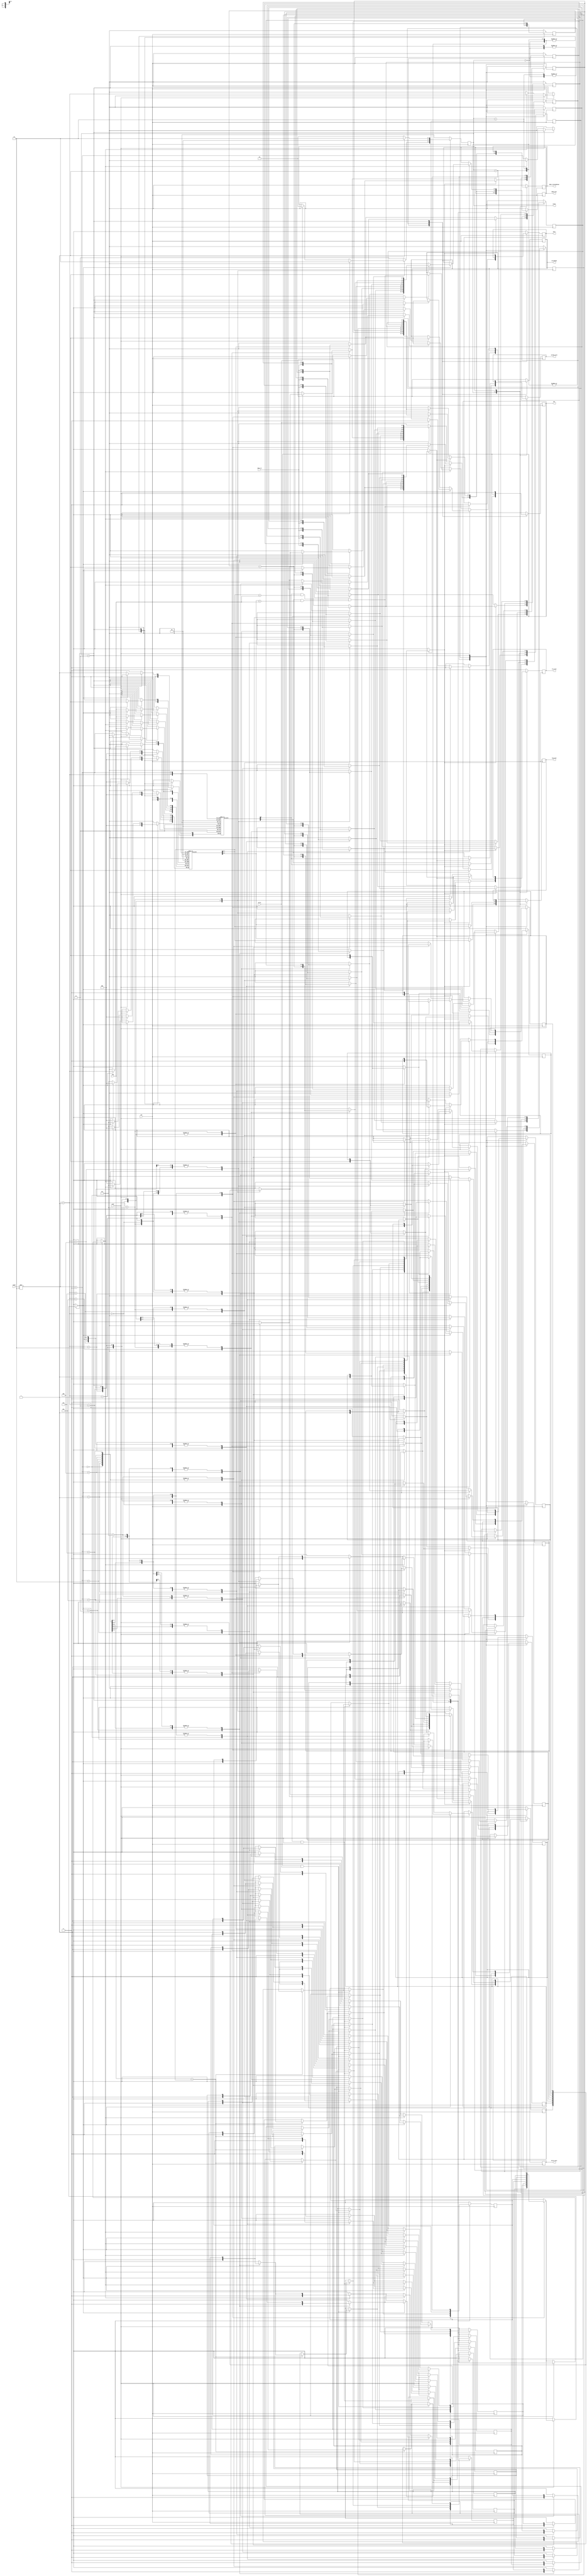
module mem2 (writeback, data_in, index, tag, read, write, clk, hit, miss, state, valido_exit, dirty_exit, lru_exit, tag_exit, dado_exit, dado_retornadocpu);
	input [1:0]index;
	input clk, read, write;
	input [2:0] tag;
	input [2:0] data_in;
		
	reg lru_mem [3:0][1:0];
	reg dirty_mem [3:0][1:0];
	reg valid_mem [3:0][1:0];
	reg [2:0] tag_mem [3:0][1:0];
	reg [2:0] data_mem [3:0][1:0];
	
	output reg valido_exit;
	output reg lru_exit;
	output reg dirty_exit;
	output reg [2:0]tag_exit;
	output reg [2:0]dado_exit;
	output reg [2:0]dado_retornadocpu;
	output reg writeback;
	
	reg [2:0]cont;
	
	output reg miss;
	output reg hit;
	
	
	output reg [1:0]state;
	
initial begin //bit mais a esquerda = via0, bit mais a direita via1, inicializao da memria
			state = 2'b00;
			miss = 0;
			hit = 0;
			cont = 3'b000;
			writeback = 0;
			
			//via 0
			valid_mem [0][0] = 0; dirty_mem [0][0] = 0; lru_mem[0][0] = 0; tag_mem[0][0] = 3'b100; data_mem [0][0] = 3'b001; // indice 0
			valid_mem [1][0] = 1; dirty_mem [1][0] = 0; lru_mem[1][0] = 1; tag_mem[1][0] = 3'b000; data_mem [1][0] = 3'b011; // indice 1
			valid_mem [2][0] = 1; dirty_mem [2][0] = 1; lru_mem[2][0] = 0; tag_mem[2][0] = 3'b101; data_mem [2][0] = 3'b101; // indice 2
			valid_mem [3][0] = 0; dirty_mem [3][0] = 0; lru_mem[3][0] = 0; tag_mem[3][0] = 3'b000; data_mem [3][0] = 3'b000; // indice 3
			
			//via 1
			valid_mem [0][1] = 0; dirty_mem [0][1] = 0; lru_mem[0][1] = 0; tag_mem[0][1] = 3'b000; data_mem [0][1] = 3'b010; // indice 0
			valid_mem [1][1] = 0; dirty_mem [1][1] = 0; lru_mem[1][1] = 0; tag_mem[1][1] = 3'b000; data_mem [1][1] = 3'b100; // indice 1
			valid_mem [2][1] = 1; dirty_mem [2][1] = 0; lru_mem[2][1] = 1; tag_mem[2][1] = 3'b111; data_mem [2][1] = 3'b110; // indice 2
			valid_mem [3][1] = 0; dirty_mem [3][1] = 0; lru_mem[3][1] = 0; tag_mem[3][1] = 3'b000; data_mem [3][1] = 3'b000; // indice 3
end



always @ (posedge clk) begin

		case(state)
		2'b00:	begin // comparar tag e bit valido e direcionar se  escrita ou leitura
			if((valid_mem [index][0] == 1 && tag_mem[index][0] == tag) || (valid_mem [index][1] == 1 && tag_mem[index][1] == tag)) begin
				
					hit = 1; miss = 0; // marca hit
				
					if(read) begin
						state = 2'b10;
						writeback = 0;
					end
					else if(write) begin
									state = 2'b01;
									writeback = 0;
						  end
			
			end
			
			else begin
				state = 2'b11;
				writeback = 0;
			end
			
		end
		
		2'b01:	begin	// se for escrita vai fazer alguma coisa aqui
		
				if(hit && write) begin
					if(tag == tag_mem[index][0]) begin
								lru_mem [index][0] = 1; 
						end
					else begin
								lru_mem [index][0] = 0; 
					end
				end
				
				if(lru_mem [index][0] == 1)begin
					
					//atualizar o dado antes
					data_mem[index][0] = data_in;
					dirty_mem [index][0] = 1;
					
					valido_exit = valid_mem[index][0];
					lru_exit = lru_mem[index][0];
					dirty_exit = dirty_mem [index][0];
					tag_exit = tag_mem[index][0];
					dado_retornadocpu = data_mem[index][0];
					dado_exit = data_mem[index][0];
					//writeback = 0; //mexer nisso
				end 
				else begin
					//atualizar o dado antes
					data_mem[index][1] = data_in;
					dirty_mem [index][1] = 1;
					
					valido_exit = valid_mem[index][1];
					lru_exit = lru_mem[index][1];
					dirty_exit = dirty_mem [index][1];
					tag_exit = tag_mem[index][1];
					dado_retornadocpu = data_mem[index][1];
					dado_exit = data_mem[index][1];
					//writeback = 0; //mexer nisso
				end
				
				state = 2'b00;
		end
		
		2'b10:	begin // se for leitura vai fazer alguma coisa aqui
		
				if(hit && read)begin
					if(tag == tag_mem[index][0]) begin
							lru_mem [index][0] = 1;
					end
					else begin
							lru_mem [index][0] = 0;
					end
				end
					
				if(lru_mem [index][0] == 1)begin
					valido_exit = valid_mem[index][0];
					lru_exit = lru_mem[index][0];
					dirty_exit = dirty_mem [index][0];
					tag_exit = tag_mem[index][0];
					dado_retornadocpu = data_mem[index][0];
					dado_exit = data_mem[index][0];
					//writeback = 0; //mexer nisso
					
				end
				else begin
					valido_exit = valid_mem[index][1];
					lru_exit = lru_mem[index][1];
					dirty_exit = dirty_mem [index][1];
					tag_exit = tag_mem[index][1];
					dado_retornadocpu = data_mem[index][1];
					dado_exit = data_mem[index][1];
					
				end
				
					state = 2'b00;
		end
		
		2'b11:	begin // caso for miss sera tratado aqui.
			
			miss = 1; hit = 0;
			cont = cont + 1'b1;
			
			if (read) begin
			
					if (lru_mem [index][0] == 0)begin
								
								if(dirty_mem [index][0] == 1)begin
									writeback = 1;
								end
								
								valid_mem[index][0] = 1; dirty_mem [index][0] = 0; lru_mem[index][0] = 1; tag_mem[index][0] = tag; data_mem[index][0] = cont;
								lru_mem[index][1] = 0;
								 
					end
					
					else begin
					
								if(dirty_mem [index][1] == 1)begin
									writeback = 1;
								end
								
								valid_mem[index][1] = 1; dirty_mem [index][1] = 0; lru_mem[index][1] = 1; tag_mem[index][1] = tag; data_mem[index][1] = cont;
								lru_mem[index][0] = 0;
								dado_exit = data_mem[index][1]; // talvez chamar o display nesse momento
					end
				
					state = 2'b10;
			end
			
			//tratar quando der miss na leitura
			else begin
					if (lru_mem [index][0] == 0)begin
					
								if(dirty_mem [index][0] == 1)begin
									writeback = 1;
								end
					
								tag_mem[index][0] = tag; 
								lru_mem[index][0] = 1; 
								lru_mem[index][1] = 0;
								
					end
					
					else begin
					
								if(dirty_mem [index][1] == 1)begin
									writeback = 1;
								end
								
								tag_mem[index][1] = tag; 
								lru_mem[index][1] = 1; 
								lru_mem[index][0] = 0;
							
					end
			
			
					//manda para a escrita
					state = 2'b01;
			
			end
			
		
		end
		
	endcase


end


endmodule

/////////////////////////////////////////////// modulo display/////////////////////////////////////////////////

module BCDpara7Seg(IN, S);

	input [3:0] IN;
	output [6:0] S;
	
	wire A, B, C, D;
	
	assign A = IN[3];
	assign B = IN[2];
	assign C = IN[1];
	assign D = IN[0];

	assign S[0] = B&(~C)&(~D) | (~A)&(~B)&(~C)&D;
	assign S[1] = B&(C&(~D) | (~C)&D);
	assign S[2] = (~B)&C&(~D);
	assign S[3] = B&C&D | B&(~C)&(~D) | (~A)&(~B)&(~C)&D;
	assign S[4] = B&(~C) | D;
	assign S[5] = (~A)&(~B)&D | C&D | (~B)&C;
	assign S[6] = B&C&D | (~A)&(~B)&(~C);

endmodule

/////////////////////////////////////////////// modulo simulao///////////////////////////////////////////////

module teste_mem2();

	reg [1:0]index;
	reg clk, read, write;
	reg [2:0] tag;
	reg [2:0] data_in;
	
	wire miss;
	wire hit;
	wire writeback;
	wire [1:0]state;
	wire valido_exit;
	wire lru_exit;
	wire dirty_exit;
	wire [2:0]tag_exit;
	wire [2:0]dado_exit;
	wire [2:0]dado_retornadocpu;

	mem2 dut (writeback, data_in, index, tag, read, write, clk, hit, miss, state, valido_exit, dirty_exit, lru_exit, tag_exit, dado_exit, dado_retornadocpu);
	
	initial begin
		//read miss via 0 - caso 1
		index = 2'b00; tag = 3'b100; read = 1; write = 0; clk = 0; #1;
		index = 2'b00; tag = 3'b100; read = 1; write = 0; clk = 1; #1;
		index = 2'b00; tag = 3'b100; read = 1; write = 0; clk = 0; #1;
		index = 2'b00; tag = 3'b100; read = 1; write = 0; clk = 1; #1;
		index = 2'b00; tag = 3'b100; read = 1; write = 0; clk = 0; #1;
		index = 2'b00; tag = 3'b100; read = 1; write = 0; clk = 1; #1;
		
		//read miss via 1 - caso 2
		index = 2'b00; tag = 3'b101; read = 1; write = 0; clk = 0; #1;
		index = 2'b00; tag = 3'b101; read = 1; write = 0; clk = 1; #1;
		index = 2'b00; tag = 3'b101; read = 1; write = 0; clk = 0; #1;
		index = 2'b00; tag = 3'b101; read = 1; write = 0; clk = 1; #1;
		index = 2'b00; tag = 3'b101; read = 1; write = 0; clk = 0; #1;
		index = 2'b00; tag = 3'b101; read = 1; write = 0; clk = 1; #1;
		
		//read hit via 0 - caso 3
		index = 2'b00; tag = 3'b100; read = 1; write = 0; clk = 0; #1;
		index = 2'b00; tag = 3'b100; read = 1; write = 0; clk = 1; #1;
		index = 2'b00; tag = 3'b100; read = 1; write = 0; clk = 0; #1;
		index = 2'b00; tag = 3'b100; read = 1; write = 0; clk = 1; #1;
		index = 2'b00; tag = 3'b100; read = 1; write = 0; clk = 0; #1;
		index = 2'b00; tag = 3'b100; read = 1; write = 0; clk = 1; #1;
		
		//write hit via 0 - caso 4
		data_in = 3'b111; index = 2'b01; tag = 3'b000; read = 0; write = 1; clk = 0; #1;
		data_in = 3'b111; index = 2'b01; tag = 3'b000; read = 0; write = 1; clk = 1; #1;
		data_in = 3'b111; index = 2'b01; tag = 3'b000; read = 0; write = 1; clk = 0; #1;
		data_in = 3'b111; index = 2'b01; tag = 3'b000; read = 0; write = 1; clk = 1; #1;
		data_in = 3'b111; index = 2'b01; tag = 3'b000; read = 0; write = 1; clk = 0; #1;
		data_in = 3'b111; index = 2'b01; tag = 3'b000; read = 0; write = 1; clk = 1; #1;
		
		//write hit via 1 - caso 5
		data_in = 3'b010; index = 2'b10; tag = 3'b111; read = 0; write = 1; clk = 0; #1;
		data_in = 3'b010; index = 2'b10; tag = 3'b111; read = 0; write = 1; clk = 1; #1;
		data_in = 3'b010; index = 2'b10; tag = 3'b111; read = 0; write = 1; clk = 0; #1;
		data_in = 3'b010; index = 2'b10; tag = 3'b111; read = 0; write = 1; clk = 1; #1;
		data_in = 3'b010; index = 2'b10; tag = 3'b111; read = 0; write = 1; clk = 0; #1;
		data_in = 3'b010; index = 2'b10; tag = 3'b111; read = 0; write = 1; clk = 1; #1;
		
		//write miss com writeback - caso 6
		data_in = 3'b011; index = 2'b10; tag = 3'b110; read = 0; write = 1; clk = 0; #1;
		data_in = 3'b011; index = 2'b10; tag = 3'b110; read = 0; write = 1; clk = 1; #1;
		data_in = 3'b011; index = 2'b10; tag = 3'b110; read = 0; write = 1; clk = 0; #1;
		data_in = 3'b011; index = 2'b10; tag = 3'b110; read = 0; write = 1; clk = 1; #1;
		data_in = 3'b011; index = 2'b10; tag = 3'b110; read = 0; write = 1; clk = 0; #1;
		data_in = 3'b011; index = 2'b10; tag = 3'b110; read = 0; write = 1; clk = 1; #1;
		data_in = 3'b011; index = 2'b10; tag = 3'b110; read = 0; write = 1; clk = 0; #1;
		data_in = 3'b011; index = 2'b10; tag = 3'b110; read = 0; write = 1; clk = 1; #1;
		
		//read miss com writeback - caso 7
		index = 2'b10; tag = 3'b001; read = 1; write = 0; clk = 0; #1;
		index = 2'b10; tag = 3'b001; read = 1; write = 0; clk = 1; #1;
		index = 2'b10; tag = 3'b001; read = 1; write = 0; clk = 0; #1;
		index = 2'b10; tag = 3'b001; read = 1; write = 0; clk = 1; #1;
		index = 2'b10; tag = 3'b001; read = 1; write = 0; clk = 0; #1;
		index = 2'b10; tag = 3'b001; read = 1; write = 0; clk = 1; #1;
		
	end
	
	initial begin
		$monitor("Tempo : %0d, Writeback: %b Miss: %b, Hit: %b, State: %b, valido_exit: %b, dirty_exit: %b, lru_exit: %b, tag_exit: %b, dado_exit: %b, dado_retornadocpu: %b", 
		$time, writeback, miss, hit, state, valido_exit, dirty_exit, lru_exit, tag_exit, dado_exit, dado_retornadocpu); //monitor: sempre que alguma das "variaveis" de formatacao se alterar, imprime na tela
	end
	
	
endmodule